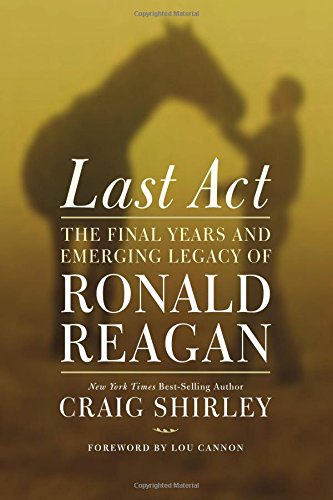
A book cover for Last Act: The Final Years and Emerging Legacy of Ronald Reagan; Craig Shirley; Biographies & Memoirs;